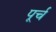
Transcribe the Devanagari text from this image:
पूर्च